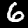
Label: 6